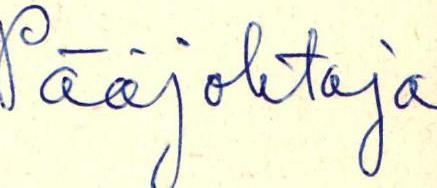
Pääjohtaja